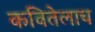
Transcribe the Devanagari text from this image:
कवितेलाच